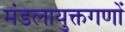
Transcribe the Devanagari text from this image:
मंडलायुक्तगणों